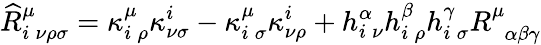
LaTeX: \widehat{R}_{i\: \nu\rho\sigma}^{\mu}=\kappa_{i\: \rho}^{\mu}\kappa_{\nu\sigma}^{i}-\kappa_{i\: \sigma}^{\mu}\kappa_{\nu\rho}^{i}+h_{i\: \nu}^{\alpha}h_{i\: \rho}^{\beta}h_{i\: \sigma}^{\gamma}R_{\: \: \alpha\beta\gamma}^{\mu}